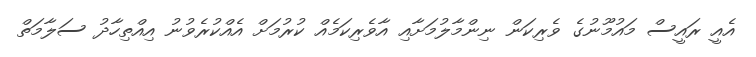
އެއީ ރައީސް މައުމޫނުގެ ވެރިކަން ނިންމާލުމަށާއި އާވެރިކަމެއް ކުރުމަށް އެއްކުރެވުނު އިއްތިހާދު ސަލާމަތް